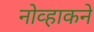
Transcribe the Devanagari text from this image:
नोव्हाकने